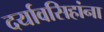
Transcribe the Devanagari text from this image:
दर्यावसिहांना